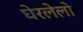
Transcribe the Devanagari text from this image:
घेरलेलो